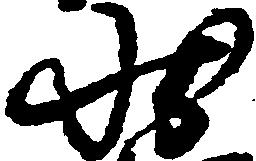
状